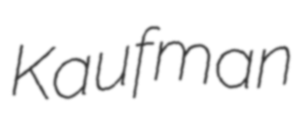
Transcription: Kaufman